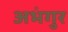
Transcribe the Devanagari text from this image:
अभंगुर